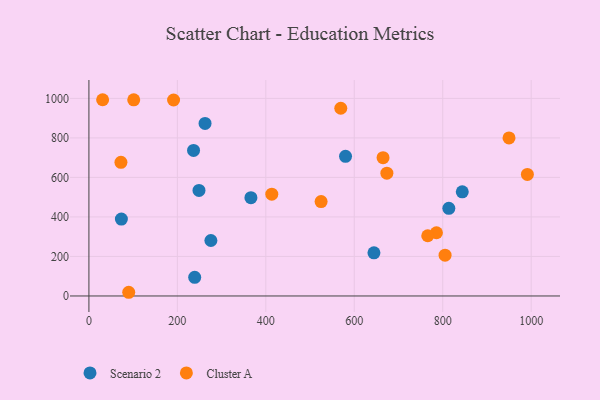
{"axis": {"x": "Experience", "y": "Yield"}, "legend": ["Cluster A", "Scenario 2"], "data": [{"x": "239.2", "y": 94.4, "type": "Scenario 2"}, {"x": "248.9", "y": 534.1, "type": "Scenario 2"}, {"x": "813.8", "y": 443.4, "type": "Scenario 2"}, {"x": "236.6", "y": 736.6, "type": "Scenario 2"}, {"x": "366.3", "y": 497.6, "type": "Scenario 2"}, {"x": "580.2", "y": 706.7, "type": "Scenario 2"}, {"x": "275.8", "y": 280.7, "type": "Scenario 2"}, {"x": "844.2", "y": 527.3, "type": "Scenario 2"}, {"x": "644.5", "y": 218.6, "type": "Scenario 2"}, {"x": "73.4", "y": 389.1, "type": "Scenario 2"}, {"x": "262.6", "y": 873.1, "type": "Scenario 2"}, {"x": "665.1", "y": 699.9, "type": "Cluster A"}, {"x": "72.4", "y": 676.3, "type": "Cluster A"}, {"x": "31.0", "y": 993.2, "type": "Cluster A"}, {"x": "991.4", "y": 615.0, "type": "Cluster A"}, {"x": "673.7", "y": 621.3, "type": "Cluster A"}, {"x": "785.8", "y": 319.9, "type": "Cluster A"}, {"x": "191.4", "y": 991.9, "type": "Cluster A"}, {"x": "413.5", "y": 515.4, "type": "Cluster A"}, {"x": "90.0", "y": 18.7, "type": "Cluster A"}, {"x": "949.9", "y": 800.0, "type": "Cluster A"}, {"x": "569.5", "y": 950.0, "type": "Cluster A"}, {"x": "805.3", "y": 206.5, "type": "Cluster A"}, {"x": "525.0", "y": 477.6, "type": "Cluster A"}, {"x": "101.3", "y": 992.7, "type": "Cluster A"}, {"x": "766.1", "y": 304.9, "type": "Cluster A"}]}